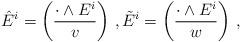
LaTeX: \begin{align*}\hat{E}^i=\left(\frac{\cdot\wedge E^i}{v}\right)\,,\tilde{E}^i=\left(\frac{\cdot\wedge E^i}{w}\right)\,,\end{align*}